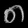
Digit: ၈